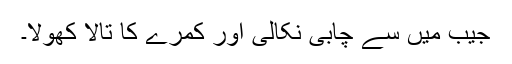
جیب میں سے چابی نکالی اور کمرے کا تالا کھولا۔